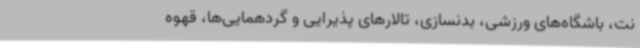
نت، باشگاه‌های ورزشی، بدنسازی، تالارهای پذیرایی و گردهمایی‌ها، قهوه